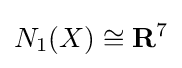
N_{1}(X)\cong \mathbf {R} ^{7}